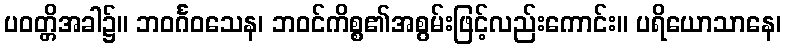
ပဝတ္တိအခါ၌။ ဘဝင်္ဂဝသေန၊ ဘဝင်ကိစ္စ၏အစွမ်းဖြင့်လည်းကောင်း။ ပရိယောသာနေ၊